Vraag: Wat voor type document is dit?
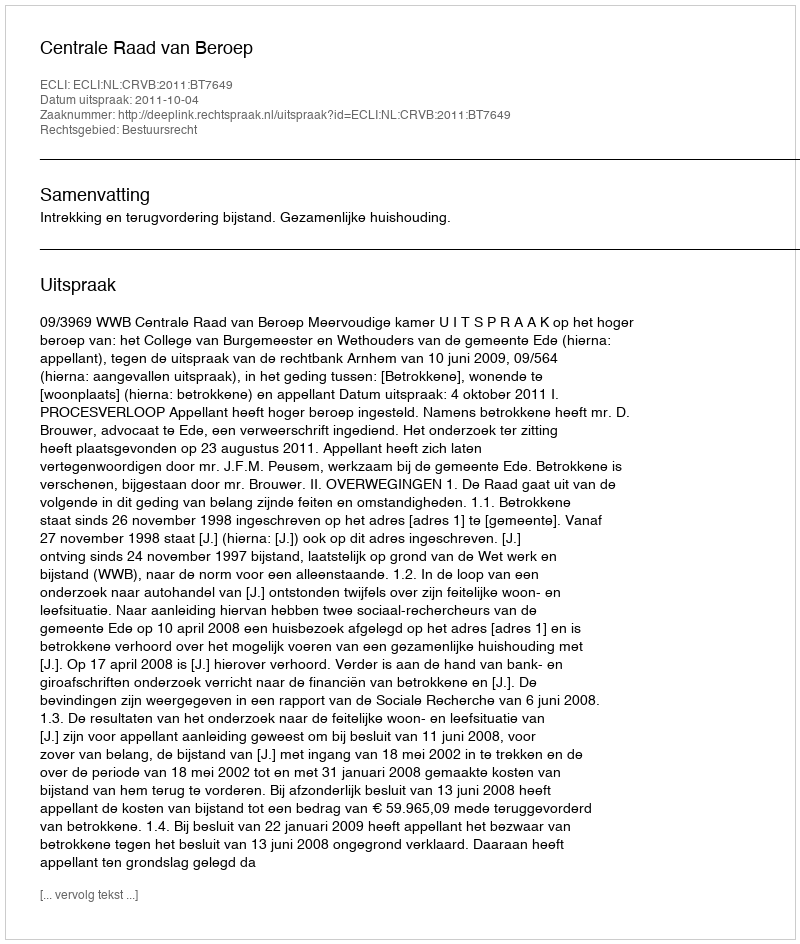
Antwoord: Uitspraak